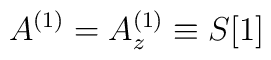
A^{(1)} = A^{(1)}_z \equiv S[1]